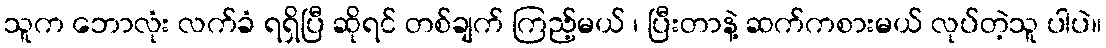
သူက ဘောလုံး လက်ခံ ရရှိပြီ ဆိုရင် တစ်ချက် ကြည့်မယ် ၊ ပြီးတာနဲ့ ဆက်ကစားမယ် လုပ်တဲ့သူ ပါပဲ။